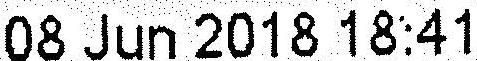
08 JUN 2018 18:41